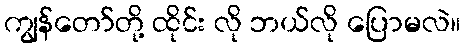
ကျွန်တော်တို့ ထိုင်း လို ဘယ်လို ပြောမလဲ။